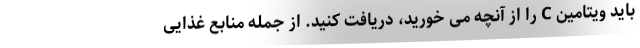
باید ویتامین C را از آنچه می خورید، دریافت کنید. از جمله منابع غذایی